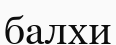
балхи